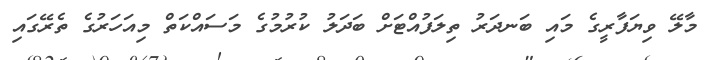
މާލޭ ވިޔަފާރީގެ މައި ބަނދަރު ތިލަފުއްޓަށް ބަދަލު ކުރުމުގެ މަސައްކަތް މިއަހަރުގެ ތެރޭގައި